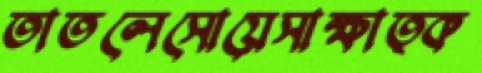
তাতলেসোয়েসাক্ষাত্ক